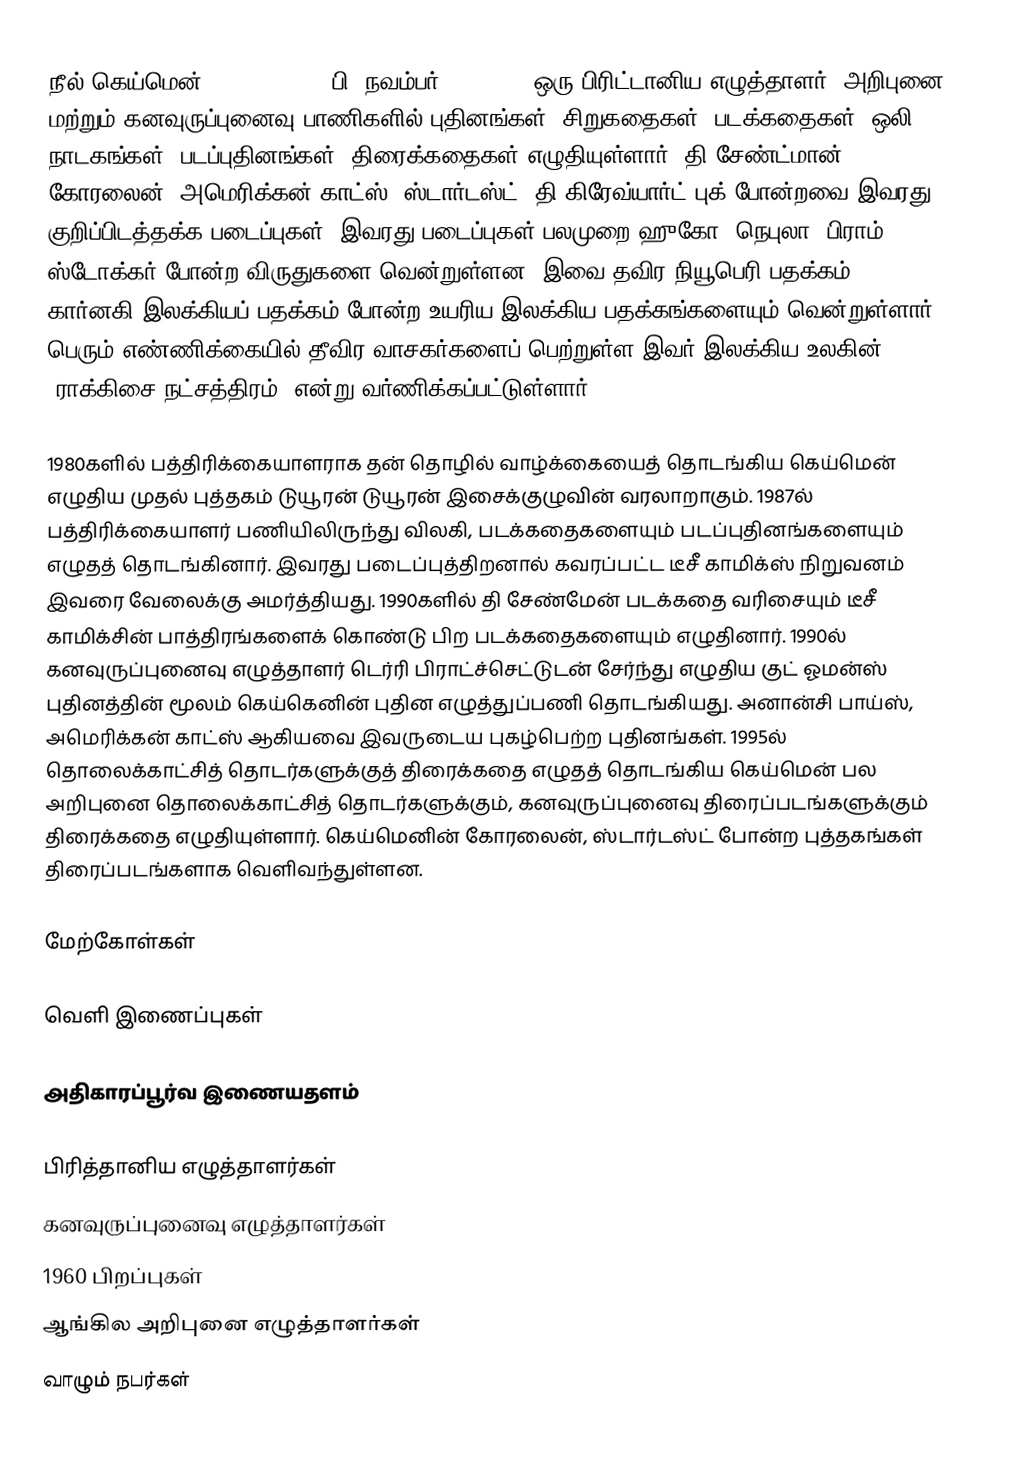
நீல் கெய்மென் (Neil Gaiman, பி. நவம்பர் 10, 1960) ஒரு பிரிட்டானிய எழுத்தாளர். அறிபுனை மற்றும் கனவுருப்புனைவு பாணிகளில் புதினங்கள், சிறுகதைகள், படக்கதைகள், ஒலி நாடகங்கள், படப்புதினங்கள், திரைக்கதைகள் எழுதியுள்ளார். தி சேண்ட்மான், கோரலைன், அமெரிக்கன் காட்ஸ், ஸ்டார்டஸ்ட், தி கிரேவ்யார்ட் புக் போன்றவை இவரது குறிப்பிடத்தக்க படைப்புகள். இவரது படைப்புகள் பலமுறை ஹுகோ, நெபுலா, பிராம் ஸ்டோக்கர் போன்ற விருதுகளை வென்றுள்ளன. இவை தவிர நியூபெரி பதக்கம், கார்னகி இலக்கியப் பதக்கம் போன்ற உயரிய இலக்கிய பதக்கங்களையும் வென்றுள்ளார். பெரும் எண்ணிக்கையில் தீவிர வாசகர்களைப் பெற்றுள்ள இவர் இலக்கிய உலகின் ”ராக்கிசை நட்சத்திரம்” என்று வர்ணிக்கப்பட்டுள்ளார்.

1980களில் பத்திரிக்கையாளராக தன் தொழில் வாழ்க்கையைத் தொடங்கிய கெய்மென் எழுதிய முதல் புத்தகம் டுயூரன் டுயூரன் இசைக்குழுவின் வரலாறாகும். 1987ல் பத்திரிக்கையாளர் பணியிலிருந்து விலகி, படக்கதைகளையும் படப்புதினங்களையும் எழுதத் தொடங்கினார். இவரது படைப்புத்திறனால் கவரப்பட்ட டீசீ காமிக்ஸ் நிறுவனம் இவரை வேலைக்கு அமர்த்தியது. 1990களில் தி சேண்மேன் படக்கதை வரிசையும் டீசீ காமிக்சின் பாத்திரங்களைக் கொண்டு பிற படக்கதைகளையும் எழுதினார். 1990ல் கனவுருப்புனைவு எழுத்தாளர் டெர்ரி பிராட்ச்செட்டுடன் சேர்ந்து எழுதிய குட் ஓமன்ஸ் புதினத்தின் மூலம் கெய்கெனின் புதின எழுத்துப்பணி தொடங்கியது. அனான்சி பாய்ஸ், அமெரிக்கன் காட்ஸ் ஆகியவை இவருடைய புகழ்பெற்ற புதினங்கள். 1995ல் தொலைக்காட்சித் தொடர்களுக்குத் திரைக்கதை எழுதத் தொடங்கிய கெய்மென் பல அறிபுனை தொலைக்காட்சித் தொடர்களுக்கும், கனவுருப்புனைவு திரைப்படங்களுக்கும் திரைக்கதை எழுதியுள்ளார். கெய்மெனின் கோரலைன், ஸ்டார்டஸ்ட் போன்ற புத்தகங்கள் திரைப்படங்களாக வெளிவந்துள்ளன.

மேற்கோள்கள்

வெளி இணைப்புகள்

 அதிகாரப்பூர்வ இணையதளம்

பிரித்தானிய எழுத்தாளர்கள்
கனவுருப்புனைவு எழுத்தாளர்கள்
1960 பிறப்புகள்
ஆங்கில அறிபுனை எழுத்தாளர்கள்
வாழும் நபர்கள்